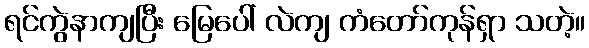
ရင်ကွဲနာကျပြီး မြေပေါ် လဲကျ ကံတော်ကုန်ရှာ သတဲ့။